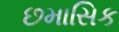
છમાસિક